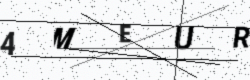
Text: 4MEUR